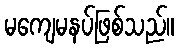
မကျေမနပ်ဖြစ်သည်။